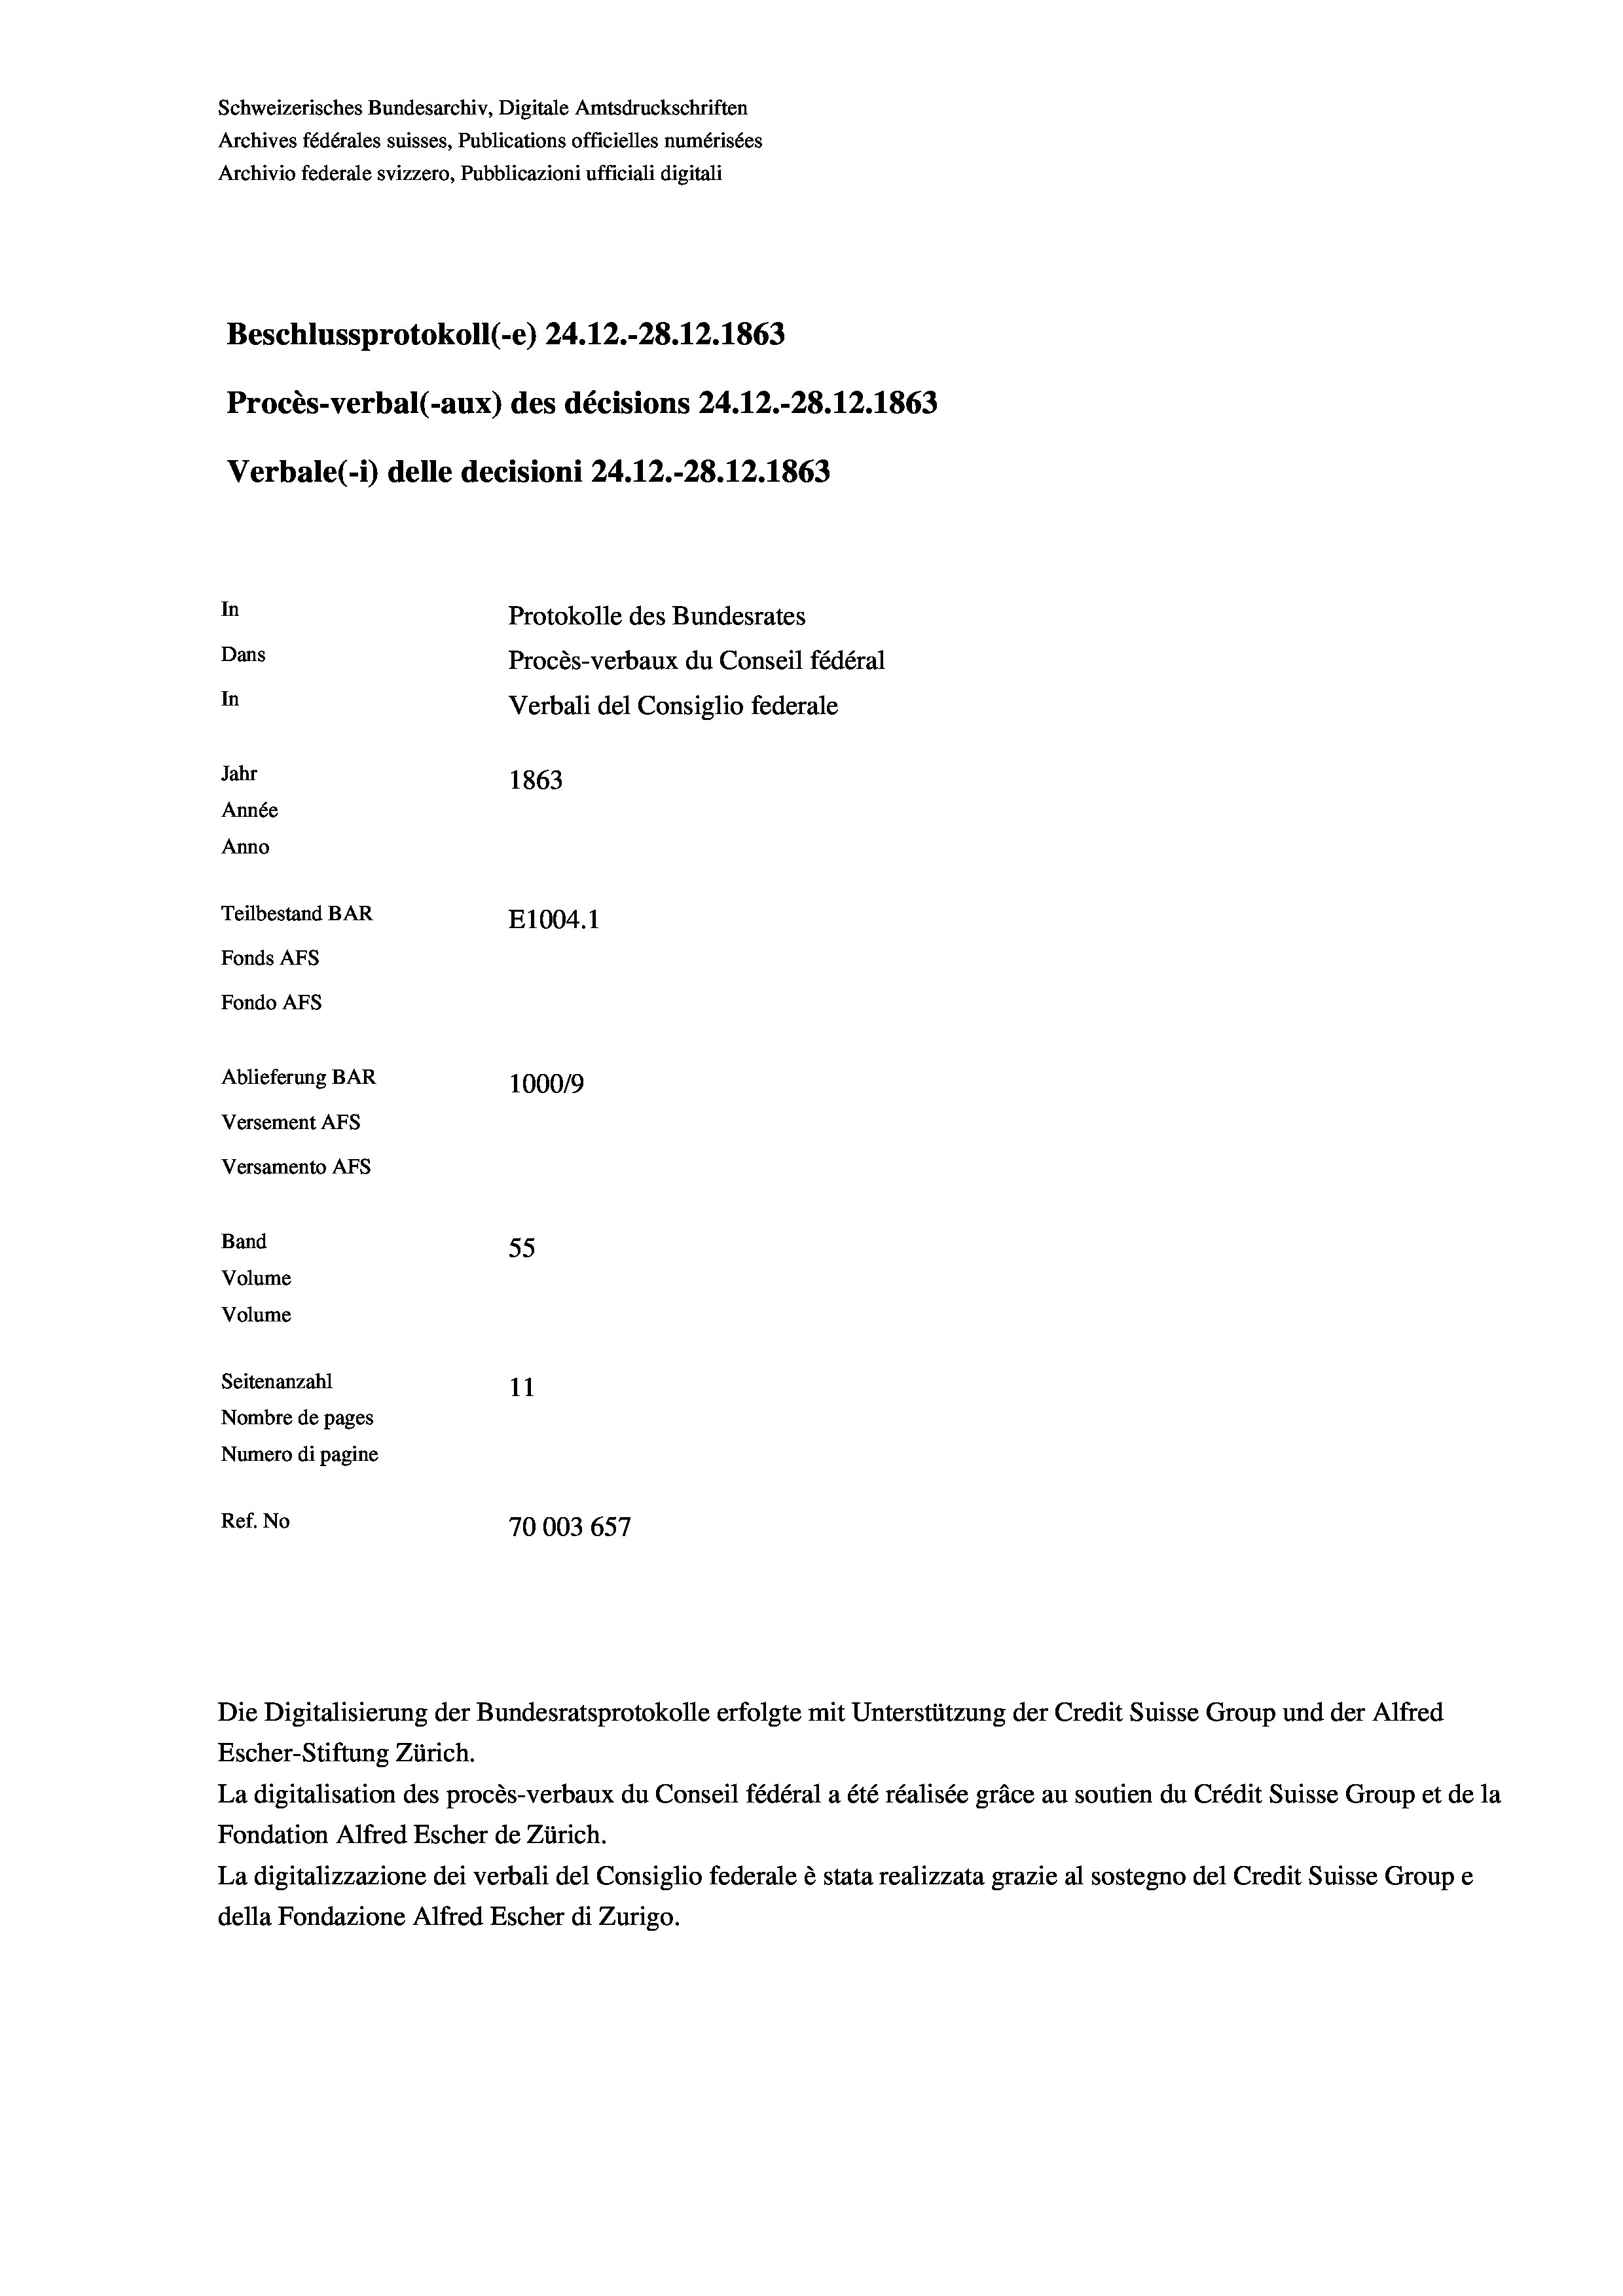
Schweizerisches Bundesarchiv, Digitale Amtsdruckschriften
Archives fédérales suisses, Publications officielles numérisées
Archivio federale svizzero, Pubblicazioni ufficiali digitali
Beschlussprotokoll (-e) 24.12.-28. 12. 1863
Procès-verbal (-aux) des décisions 24.12.-28.12.1863
Verbale (- 1) delle decisioni 24.12.-28. 12. 1863
In
Protokolle des Bundesrates
Dans
Procès-verbaux du Conseil fédéral
In
Verbali del Consiglio federale
Jahr
1863
Année
Anno
Teilbestand BAR
E1004.1
Fonds AFs
Fondo AFs
Ablieferung BAR
100019
Versement As
Versamento AFs

Band
Volume
Volume
Seitenanzahl

55
11
Nombre de pages
Numero di pagine
Ref. No
70003657

Escher-Stiftung Zürich.
La digitalisation des procès-verbaux du Conseil fédéral a été réalisée gräce au soutien du Crédit Suisse Group et de la
Fondation Alfred Escher de Zürich.
La digitalizzazione dei verbali del Consiglio federale è stata realizzata grazie al sostegno del Credit Suisse Groupe
della Fondazione Alfred Escher di Zurigo.

Die Digitalisierung der Bundesratsprotokolle erfolgte mit Unterstützung der Credit Suisse Group und der Alfred